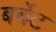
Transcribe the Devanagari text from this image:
बर्चेट